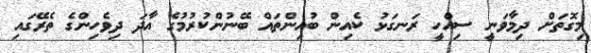
މިގޮތަށް ދިމާވަނީ ސިއްހީ ރަނގަޅު ކެއިން ބުއިންތައް ބޭނުންކުރުމުގެ އާދަ ދިވެހިންގެ ތެރޭގައި